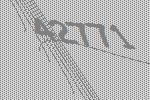
42771